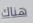
هناك